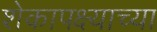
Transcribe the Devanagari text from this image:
शेकापक्ष्याच्या